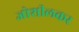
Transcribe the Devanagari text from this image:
जोशीलकर